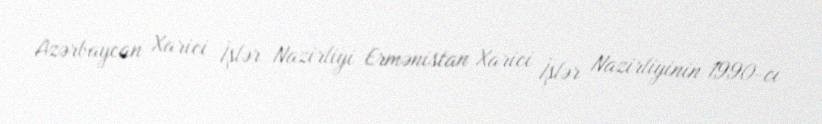
Azərbaycan Xarici İşlər Nazirliyi Ermənistan Xarici İşlər Nazirliyinin 1990-cı